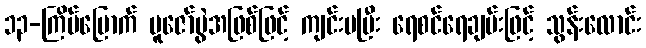
၁၃-ကြိမ်မြောက် ပူဇော်ပွဲအဖြစ်ဖြင့် ကျင်းပပြီး ရေစင်ရေချမ်းဖြင့် သွန်းလောင်း